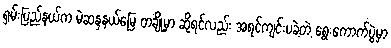
ရှမ်းပြည်နယ်က မဲဆန္ဒနယ်မြေ တချို့မှာ ဆိုရင်လည်း အရင်ကျင်းပခဲ့တဲ့ ရွေးကောက်ပွဲမှာ